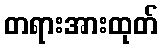
တရားအားထုတ်